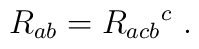
R_{ab} = R_{acb}{}^c~.